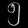
Digit: ၅